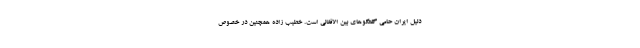
دلیل ایران حامی گفتگوهای بین الافغانی است. خطیب زاده همچنین در خصوص